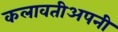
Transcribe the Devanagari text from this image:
कलावतीअपनी